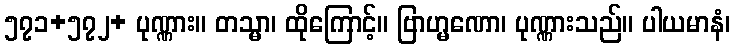
၅၇၁+၅၇၂+ ပုဏ္ဏား။ တသ္မာ၊ ထိုကြောင့်။ ဗြာဟ္မဏော၊ ပုဏ္ဏားသည်။ ပါယမာနံ၊